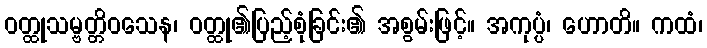
ဝတ္ထုသမ္ဗတ္တိဝသေန၊ ဝတ္ထု၏ပြည့်စုံခြင်း၏ အစွမ်းဖြင့်။ အကုပ္ပံ၊ ဟောတိ။ ကထံ၊